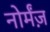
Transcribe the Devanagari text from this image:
नोर्मंज़